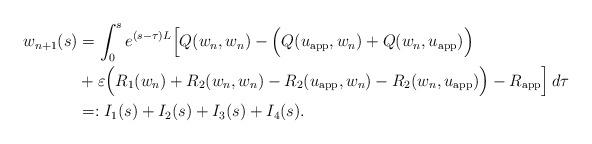
LaTeX: \begin{align*}w_{n+1}(s) &= \int_0^s e^{(s-\tau)L} \Big [Q( w_{n}, w_{n}) - \Big ( Q(u_\mathrm{app},w_{n}) + Q(w_{n},u_\mathrm{app}) \Big)\\& + \varepsilon \Big (R_1(w_n)+ R_2(w_n,w_n) - R_2(u_\mathrm{app},w_n) - R_2(w_n,u_\mathrm{app} ) \Big) - R_\mathrm{app} \Big] \, d\tau \\&=: I_1(s) + I_2(s) + I_3(s) + I_4(s).\end{align*}